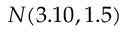
N ( 3 . 1 0 , 1 . 5 )